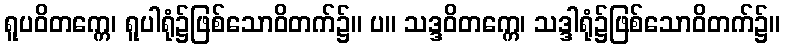
ရူပဝိတက္ကေ၊ ရူပါရုံ၌ဖြစ်သောဝိတက်၌။ ပ။ သဒ္ဒဝိတက္ကေ၊ သဒ္ဒါရုံ၌ဖြစ်သောဝိတက်၌။